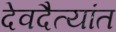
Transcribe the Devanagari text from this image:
देवदैत्यांत